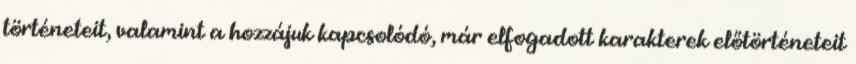
történeteit, valamint a hozzájuk kapcsolódó, már elfogadott karakterek előtörténeteit